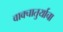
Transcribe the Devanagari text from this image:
वाक्चातुर्याचा